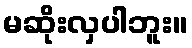
မဆိုးလှပါဘူး။